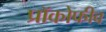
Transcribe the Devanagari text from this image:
प्रॉकोफीव